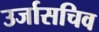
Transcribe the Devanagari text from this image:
उर्जासचिव